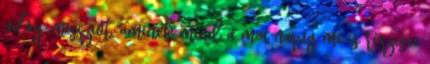
világ-missziót, aminek mind a mai napig mi is részesei